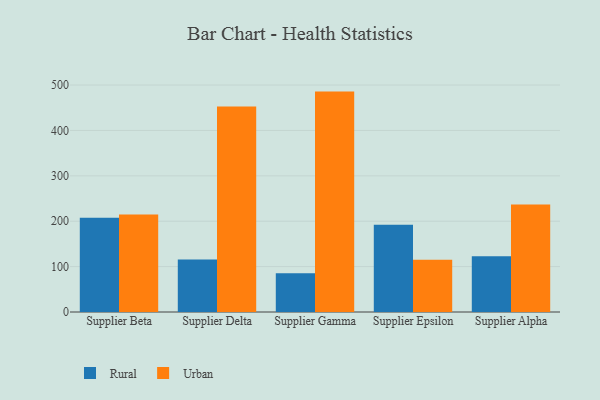
{"axis": {"x": "Supplier", "y": "Budget (USD K)"}, "legend": ["Rural", "Urban"], "data": [{"x": "Supplier Beta", "y": 207.5, "type": "Rural"}, {"x": "Supplier Beta", "y": 214.7, "type": "Urban"}, {"x": "Supplier Delta", "y": 115.7, "type": "Rural"}, {"x": "Supplier Delta", "y": 452.9, "type": "Urban"}, {"x": "Supplier Gamma", "y": 85.5, "type": "Rural"}, {"x": "Supplier Gamma", "y": 485.6, "type": "Urban"}, {"x": "Supplier Epsilon", "y": 192.1, "type": "Rural"}, {"x": "Supplier Epsilon", "y": 114.9, "type": "Urban"}, {"x": "Supplier Alpha", "y": 122.6, "type": "Rural"}, {"x": "Supplier Alpha", "y": 236.6, "type": "Urban"}]}